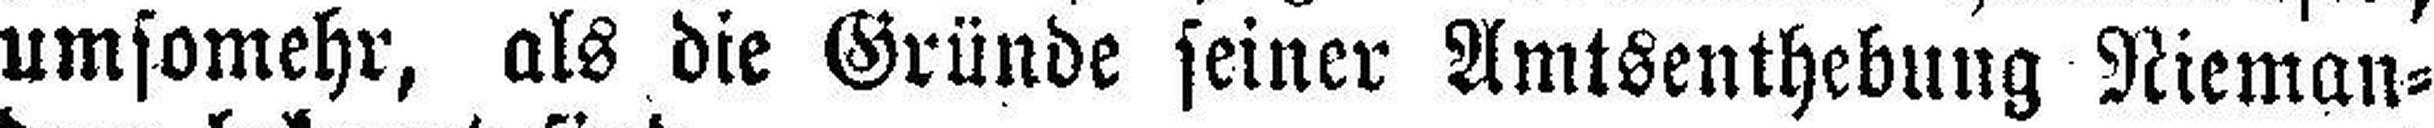
umsomehr, als die Gründe seiner Amtsenthebung Nieman¬